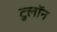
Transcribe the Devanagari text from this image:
टुलॉन